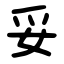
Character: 妥